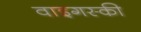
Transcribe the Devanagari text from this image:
वाइगस्की